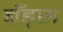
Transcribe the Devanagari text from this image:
ब्रॅंड्स